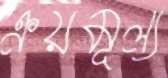
ক্রয়মূল্য